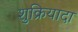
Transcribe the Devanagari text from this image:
शुक्रियादा